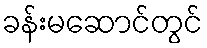
ခန်းမဆောင်တွင်